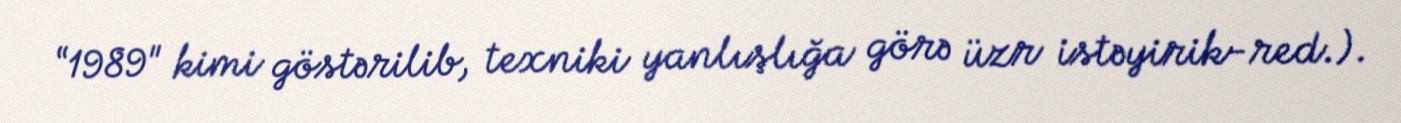
“1989" kimi göstərilib, texniki yanlışlığa görə üzr istəyirik-red.).